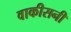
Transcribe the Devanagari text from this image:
वाकीसनी